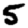
Digit: 5